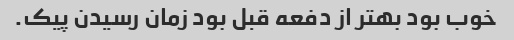
خوب بود بهتر از دفعه قبل بود زمان رسیدن پیک.